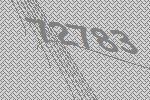
72783